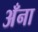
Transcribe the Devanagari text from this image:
अँना